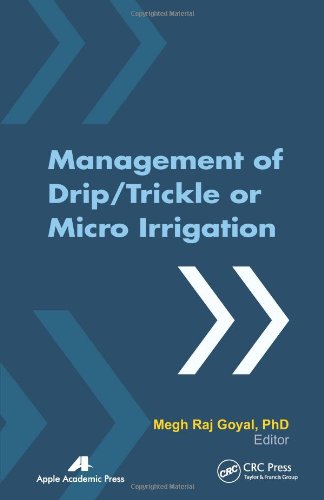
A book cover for Management of Drip/Trickle or Micro Irrigation; Megh R. Goyal; Science & Math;